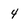
Character: 4